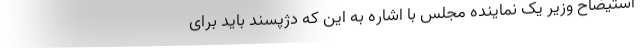
استیضاح وزیر یک نماینده مجلس با اشاره به این که دژپسند باید برای